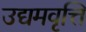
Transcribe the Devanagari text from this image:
उद्यमवृत्ति